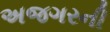
અજગરની